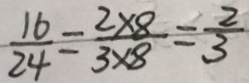
\frac { 1 6 } { 2 4 } = \frac { 2 \times 8 } { 3 \times 8 } = \frac { 2 } { 3 }